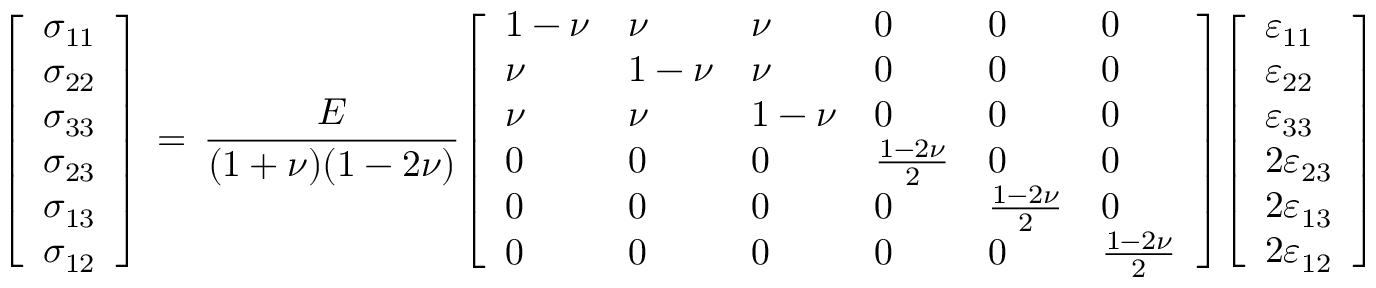
{ \left[ \begin{array} { l } { \sigma _ { 1 1 } } \\ { \sigma _ { 2 2 } } \\ { \sigma _ { 3 3 } } \\ { \sigma _ { 2 3 } } \\ { \sigma _ { 1 3 } } \\ { \sigma _ { 1 2 } } \end{array} \right] } \, = \, { \frac { E } { ( 1 + \nu ) ( 1 - 2 \nu ) } } { \left[ \begin{array} { l l l l l l } { 1 - \nu } & { \nu } & { \nu } & { 0 } & { 0 } & { 0 } \\ { \nu } & { 1 - \nu } & { \nu } & { 0 } & { 0 } & { 0 } \\ { \nu } & { \nu } & { 1 - \nu } & { 0 } & { 0 } & { 0 } \\ { 0 } & { 0 } & { 0 } & { { \frac { 1 - 2 \nu } { 2 } } } & { 0 } & { 0 } \\ { 0 } & { 0 } & { 0 } & { 0 } & { { \frac { 1 - 2 \nu } { 2 } } } & { 0 } \\ { 0 } & { 0 } & { 0 } & { 0 } & { 0 } & { { \frac { 1 - 2 \nu } { 2 } } } \end{array} \right] } { \left[ \begin{array} { l } { \varepsilon _ { 1 1 } } \\ { \varepsilon _ { 2 2 } } \\ { \varepsilon _ { 3 3 } } \\ { 2 \varepsilon _ { 2 3 } } \\ { 2 \varepsilon _ { 1 3 } } \\ { 2 \varepsilon _ { 1 2 } } \end{array} \right] }